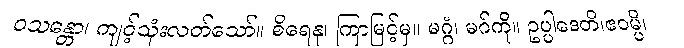
ဝသန္တော၊ ကျင့်သုံးလတ်သော်။ စိရေနု၊ ကြာမြင့်မှ။ မဂ္ဂံ၊ မဂ်ကို။ ဥပ္ပါဒေတိ၊ဧဝမ္ပိ၊